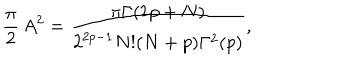
{ \frac { \pi } { 2 } } \, A ^ { 2 } = { \frac { \pi \Gamma ( 2 p + N ) } { 2 ^ { 2 p - 1 } N ! ( N + p ) \Gamma ^ { 2 } ( p ) } } ,